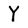
Character: Y